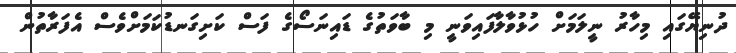
ދުނިޔޭގައި މިހާރު ނީލަމަށް ހުޅުވާލާފައިވަނީ މި ބާވަތުގެ ޑައިނަސޯގެ ފަސް ކަށިގަނޑުކަމަށްވެސް އެފަރާތުން